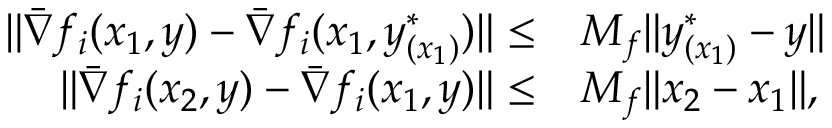
\begin{array} { r l } { \| \bar { \nabla } f _ { i } ( x _ { 1 } , y ) - \bar { \nabla } f _ { i } ( x _ { 1 } , y _ { ( x _ { 1 } ) } ^ { \ast } ) \| \leq } & { M _ { f } \| y _ { ( x _ { 1 } ) } ^ { \ast } - y \| } \\ { \| \bar { \nabla } f _ { i } ( x _ { 2 } , y ) - \bar { \nabla } f _ { i } ( x _ { 1 } , y ) \| \leq } & { M _ { f } \| x _ { 2 } - x _ { 1 } \| , } \end{array}